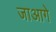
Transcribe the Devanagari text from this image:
जाआगे